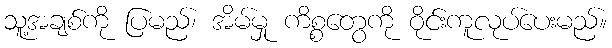
သူ့အချစ်ကို ပြမည်၊ အိမ်မှု ကိစ္စတွေကို ဝိုင်းကူလုပ်ပေးမည်။